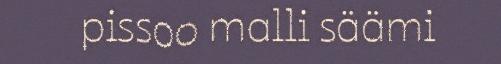
pissoo malli säämi